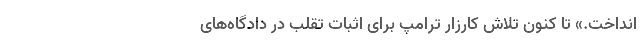
انداخت.» تا کنون تلاش کارزار ترامپ برای اثبات تقلب در دادگاه‌های